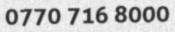
0770 716 8000